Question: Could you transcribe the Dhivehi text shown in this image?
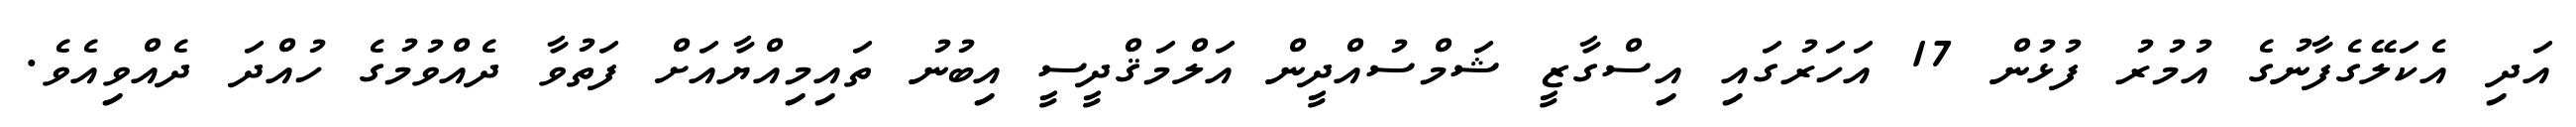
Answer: އަދި އެކަލޭގެފާނުގެ އުމުރު ފުޅުން 17 އަހަރުގައި އިސްގާޒީ ޝަމްސުއްދީން އަލްމަޤްދީސީ އިބުނު ތައިމިއްޔާއަށް ފަތުވާ ދެއްވުމުގެ ހުއްދަ ދެއްވިއެވެ.